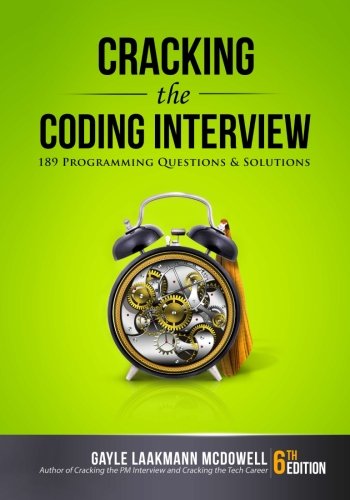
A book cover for Cracking the Coding Interview, 6th Edition: 189 Programming Questions and Solutions; Gayle Laakmann McDowell; Computers & Technology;